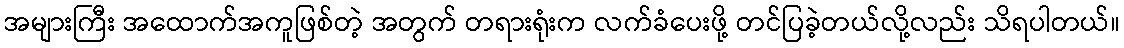
အများကြီး အထောက်အကူဖြစ်တဲ့ အတွက် တရားရုံးက လက်ခံပေးဖို့ တင်ပြခဲ့တယ်လို့လည်း သိရပါတယ်။